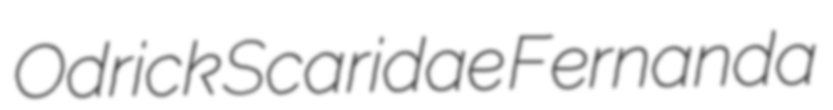
Odrick Scaridae Fernanda